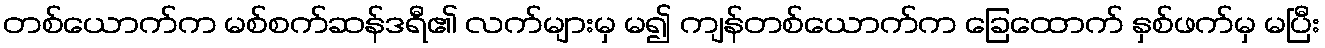
တစ်ယောက်က မစ်စက်ဆန်ဒရီ၏ လက်များမှ မ၍ ကျန်တစ်ယောက်က ခြေထောက် နှစ်ဖက်မှ မပြီး